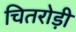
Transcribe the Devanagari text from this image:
चितरोड़ी